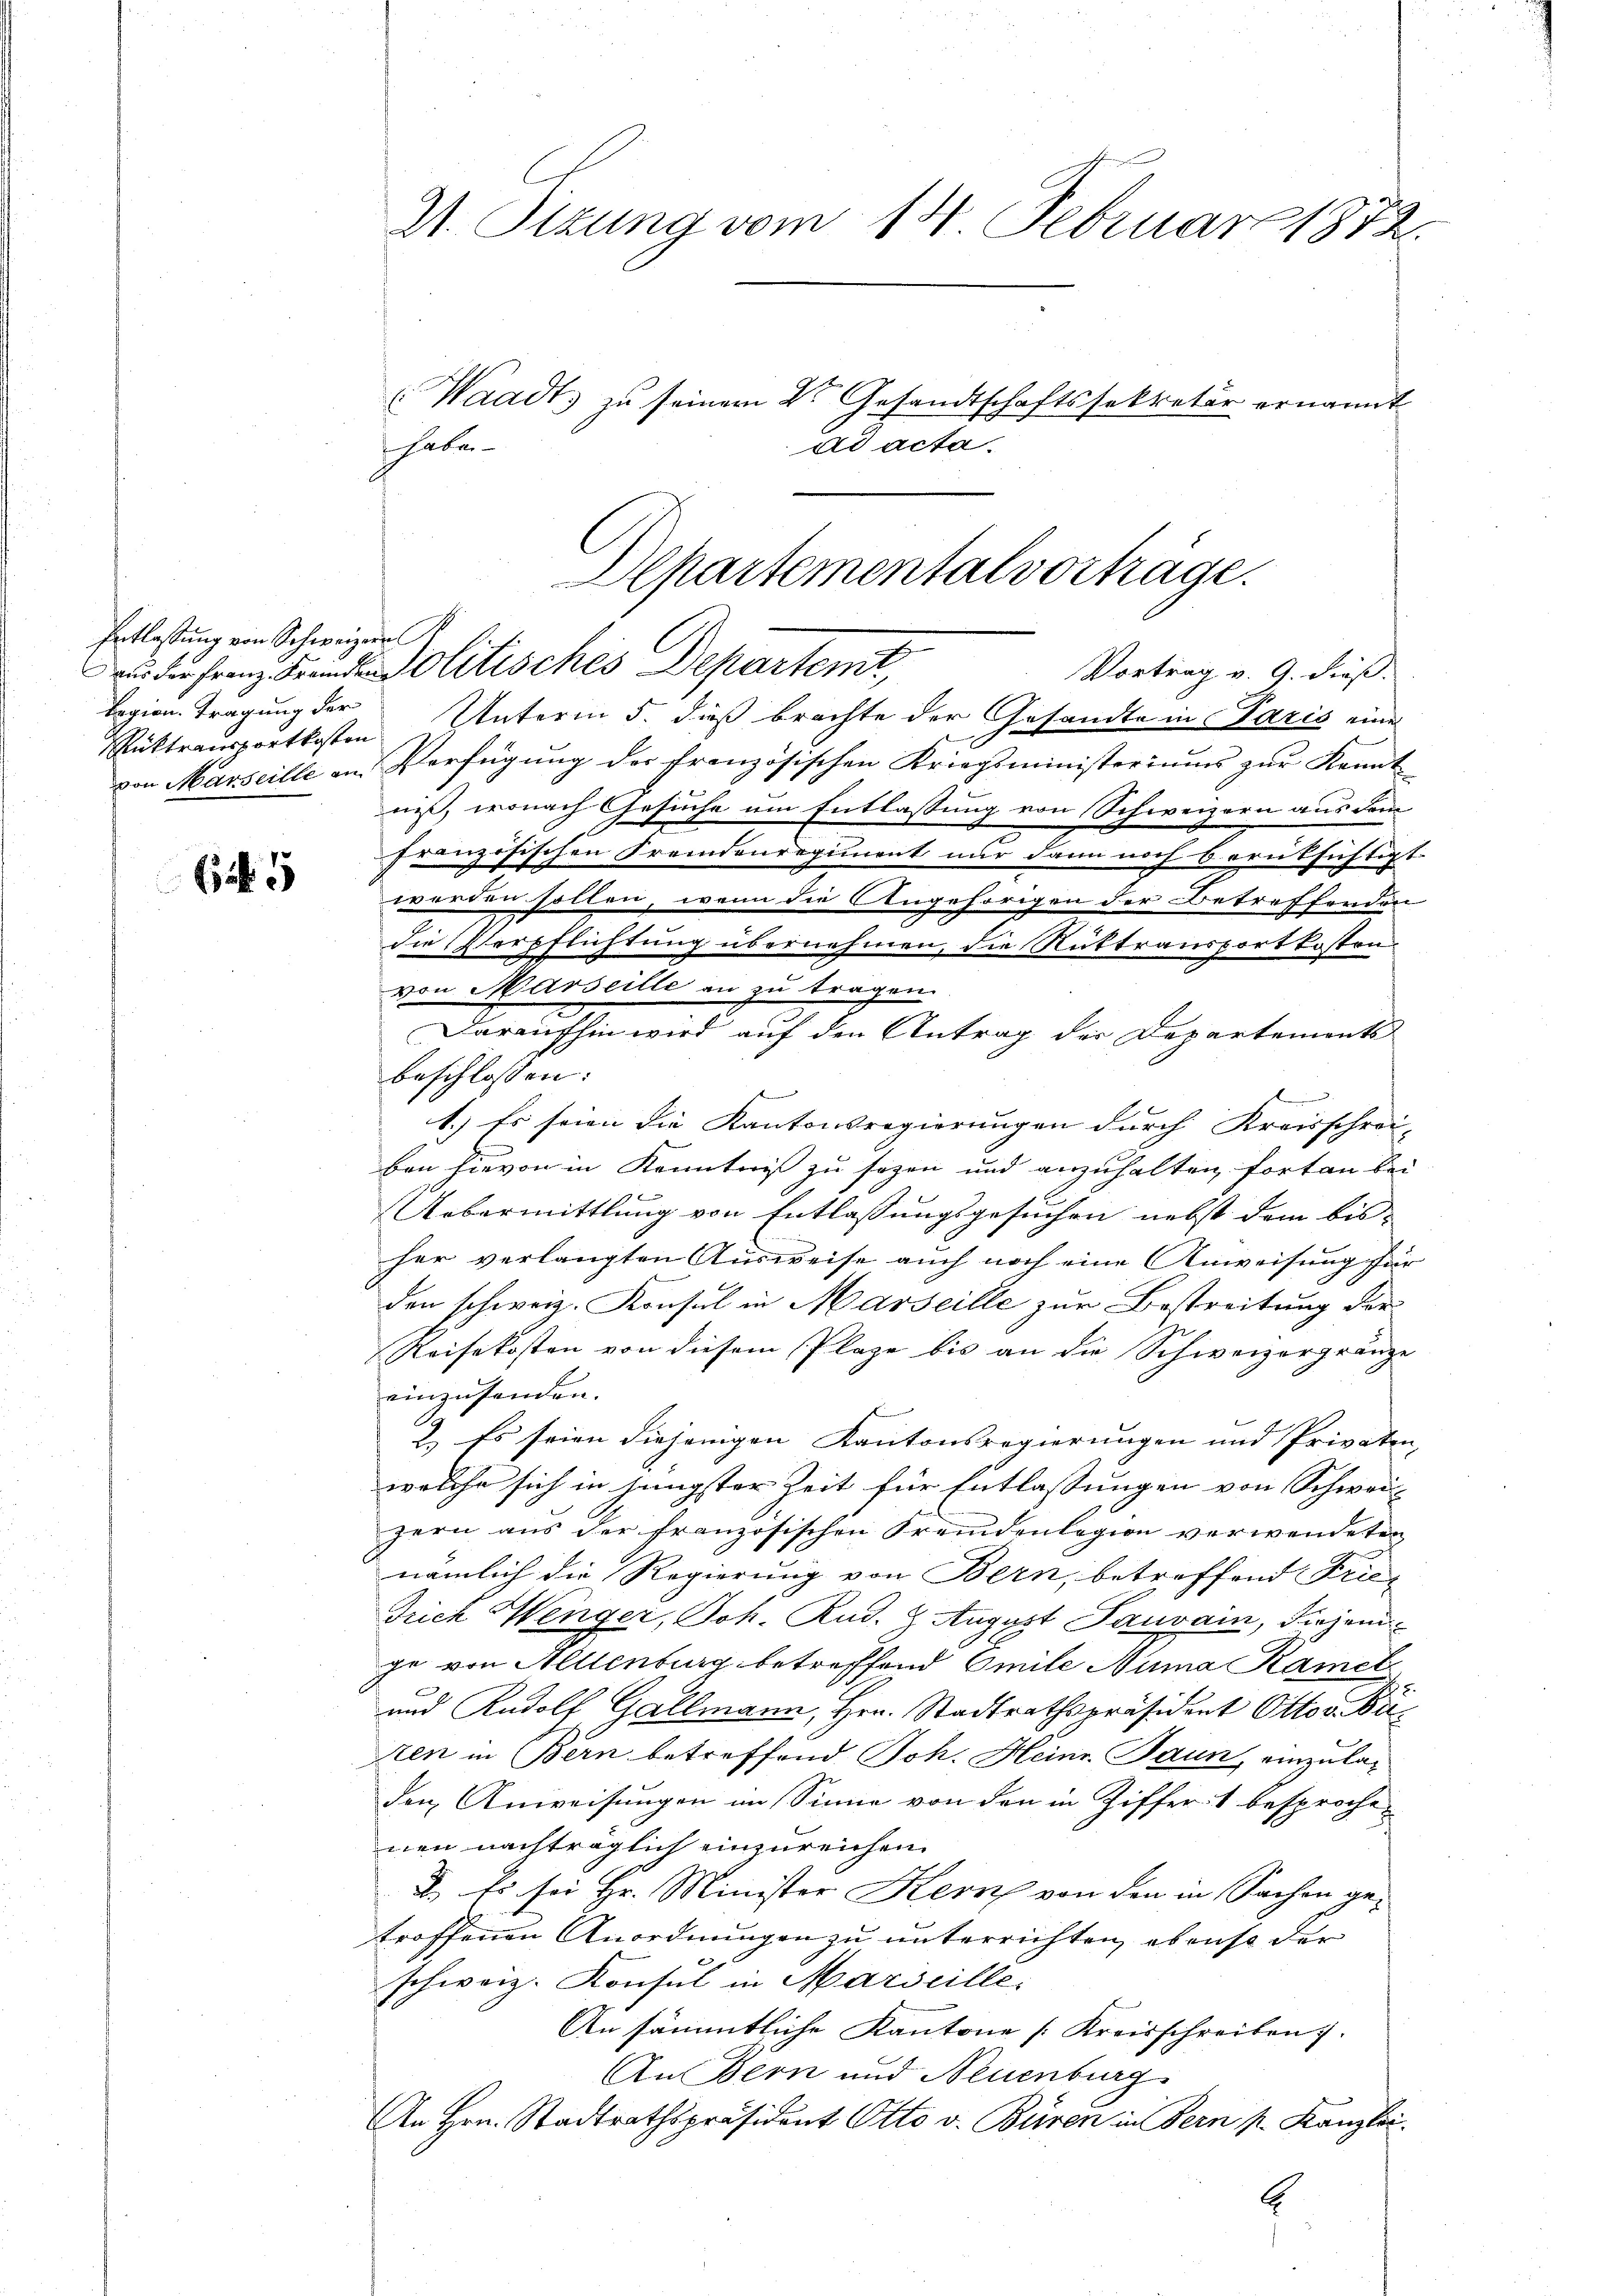
Entlastung von Schweizeral
Regien. Tragung der

i

St. Sitzung vom 14. Februar 1872.
 Waadt, zu seinem Dr. Gesandtschaftssekretär ernannt
ad acta.
haben.

Rücktransportkosten Unterm 5. dieß brachte der Gesandte in Paris eine
von Marseille an Verfügŭng der französischen Kriegsministeriums zŭr Kennt
niß, wonach Gesuche um Entlassung von Schweizern aus dem
französischen Fremdenregiment nur dann noch berüksichtigt.
worden sollen, wenn die Angehörigen der Betreffenden
die Verpflichtung übernehmen, die Ruttransportkosten
von Marseille an zu tragen.
Daraufhin wird auf den Antrag der Departements
beschlossen:
e
1.) Es seien die Kantonsregierungen durch Kreisschrei-
ben hievon in Kenntniß zu sezen und anzuhalten fortan bei
Uebermittlung von Entlassungsgesuchen nebst dem bis
her verlangten Ausweise auch noch eine Anweisung für
den schweiz. Konsul in Marseille zur Bestreitung der
Reisekosten von diesem Plaze bis an die Schweizergränze
einzusenden.
2.) Es seien diejenigen Kantonsregierungen und Privaten,
welche sich in jüngster Zeit für Entlassungen von Schweiz
zern aus der französischen Fremdenlegion verwendeten
nämlich die Regierung von Bern, betroffend Frie¬
Trich Wenger, Joh. Rud. 9 August Pauvain, diejeni
ge von Allenburg betreffend Emile Numa Ramel
und Rudolf Gallmann, Hrn. Stadtrathspräsident Ottov Büiten in Bern betreffend Joh. Heinr. Paun, einzuladen Anweisungen im Sinne von den in Ziffer, 1 besprochenen nachträglich einzureichen.
I. Es sei Hr. Minister Kern von den in Sachen getroffenen Anordnungen zu unterrichten, ebenso der
schweiz. Konsul in Marseille.
An sämmtliche Kantone [Kreisschreiben.
An Bern und Neuenburg
An Hrn. Stadtrathspräsident Otto v. Büren in Bern p. Kanzlei.
E

Departementalvorträge.
aus der Franz Freide Politisches Departemt,
Vortrag v. 9. dieß.